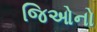
જિઓનો